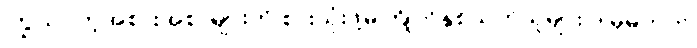
ကြွယ်ဝတဲ့အစားအစာများကို စားသုံးဖို့မကြိုက်နှစ်သက်သူများ ဒါမှမဟုတ်